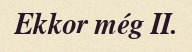
Ekkor még II.